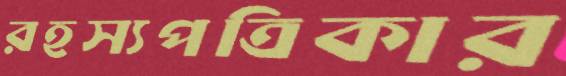
রহস্যপত্রিকার